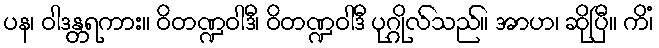
ပန၊ ဝါဒန္တရကား။ ဝိတဏ္ဍဝါဒီ၊ ဝိတဏ္ဍဝါဒီ ပုဂ္ဂိုလ်သည်။ အာဟ၊ ဆိုပြီ။ ကိံ၊